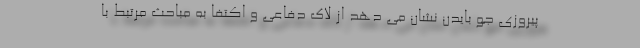
پیروزی جو بایدن نشان می دهد از لاک دفاعی و اکتفا به مباحث مرتبط با